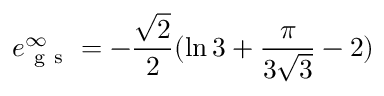
e _ { \mathrm { ~ g ~ s ~ } } ^ { \infty } = - \frac { \sqrt { 2 } } { 2 } ( \ln { 3 } + \frac { \pi } { 3 \sqrt { 3 } } - 2 )